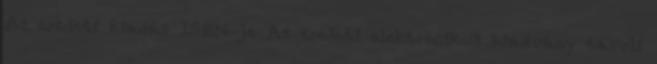
Az eredeti kiadás ISBN-je Az eredeti elektronikus kiadvány távoli